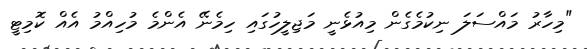
"މިހާރު މައްސަލަ ނިކުމެގެން މިއުޅެނީ މަޖިލީހުގައި ހިމެނޭ އެންމެ މުހިއްމު އެއް ކޮމިޓީ